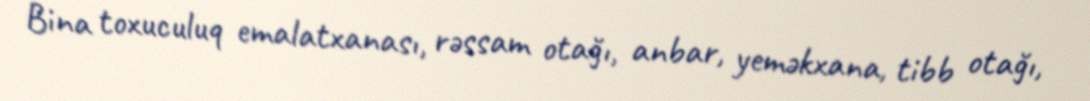
Bina toxuculuq emalatxanası, rəssam otağı, anbar, yeməkxana, tibb otağı,